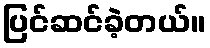
ပြင်ဆင်ခဲ့တယ်။